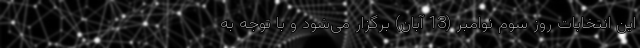
این انتخابات روز سوم نوامبر (13 آبان) برگزار می‌شود و با توجه به